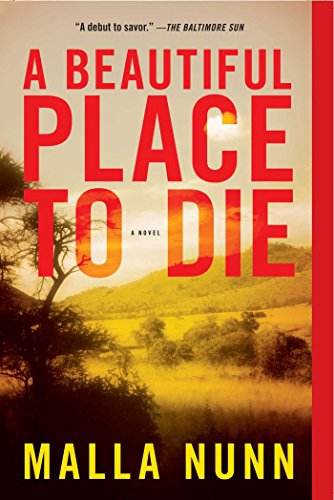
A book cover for A Beautiful Place to Die: An Emmanuel Cooper Mystery; Malla Nunn; Literature & Fiction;